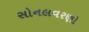
સોનલવરણો